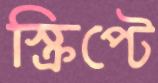
স্ক্রিপ্টে